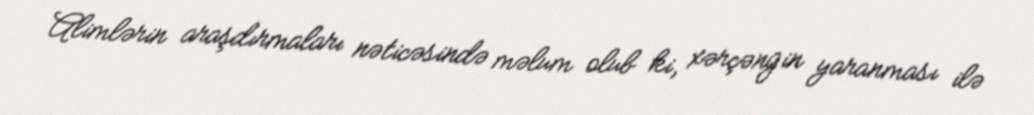
Alimlərin araşdırmaları nəticəsində məlum olub ki, xərçəngin yaranması ilə